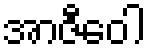
အာဇီဝေါ